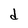
Character: d